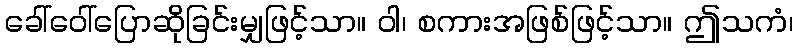
ခေါ်ဝေါ်ပြောဆိုခြင်းမျှဖြင့်သာ။ ဝါ၊ စကားအဖြစ်ဖြင့်သာ။ ဤသကံ၊